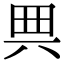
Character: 𠔓